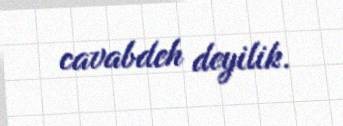
cavabdeh deyilik.